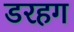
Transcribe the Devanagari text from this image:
डरहग